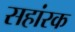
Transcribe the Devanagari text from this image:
सहांरक